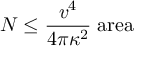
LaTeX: N \leq { \frac { v ^ { 4 } } { 4 \pi \kappa ^ { 2 } } } \; \mathrm { a r e a }